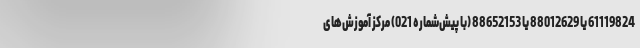
61119824 یا 88012629 یا 88652153 (با پیش‌شماره 021) مرکز آموزش‌های